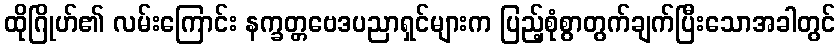
ထိုဂြိုဟ်၏ လမ်းကြောင်း နက္ခတ္တဗေဒပညာရှင်များက ပြည့်စုံစွာတွက်ချက်ပြီးသောအခါတွင်